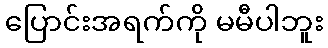
ပြောင်းအရက်ကို မမီပါဘူး